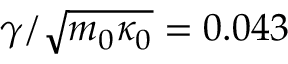
\gamma / \sqrt { m _ { 0 } \kappa _ { 0 } } = 0 . 0 4 3